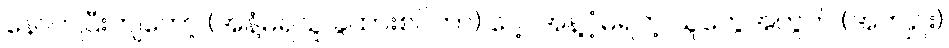
နောက်ပြီးကျတော့ (အနံ့မရသူ ခွဲထားစင်တာ) ပေါ့၊ အန့ံ့မရတဲ့ သူတွေအတွက် (အကျဉ်း)